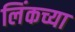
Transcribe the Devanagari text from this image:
लिंकच्या